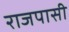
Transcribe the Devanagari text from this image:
राजपासी